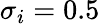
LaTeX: \sigma_{i}=0.5